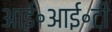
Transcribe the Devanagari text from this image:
आई॰आई॰टी